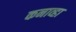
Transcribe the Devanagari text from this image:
कनाव्हा